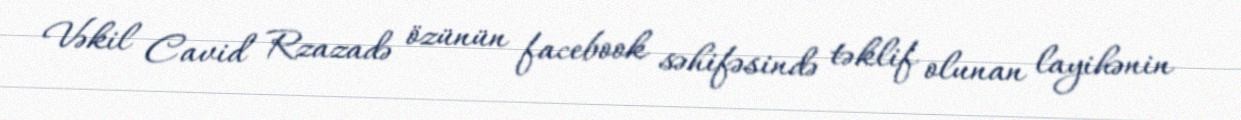
Vəkil Cavid Rzazadə özünün facebook səhifəsində təklif olunan layihənin